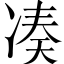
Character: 凑